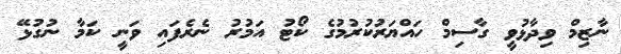
ނާޒިމް ވިދާޅުވީ ގާސިމް ހައްޔަރުކުރުމުގެ ކޯޓު އަމުރު ނެރެފައި ވަނީ ކަމާ ނުގުޅޭ